Report on vaccination in Madras 1877-1894 - 1877-1894
Year: 1877
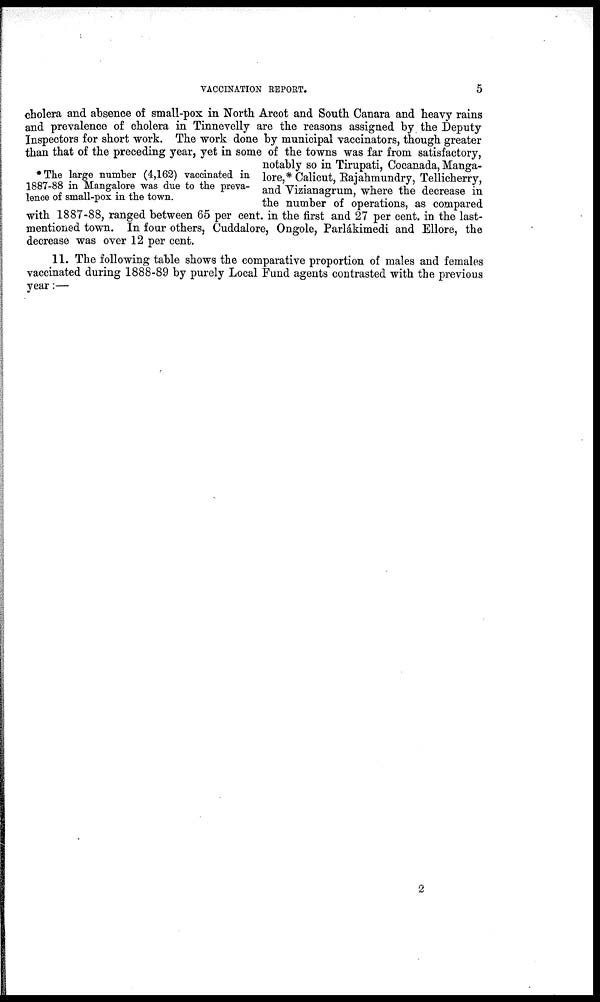
VACCINATION REPORT.
5
*The large number (4,162) vaccinated in
1887-88 in Mangalore was due to the preva-
lence of small-pox in the town.
cholera and absence of small-pox in North Arcot and South Canara and heavy rains
and prevalence of cholera in Tinnevelly are the reasons assigned by the Deputy
Inspectors for short work. The work done by municipal vaccinators, though greater
than that of the preceding year, yet in some of the towns was far from satisfactory,
notably so in Tirupati, Cocanada, Manga-
lore,* Calicut, Rajahmundry, Tellicherry,
and Vizianagrum, where the decrease in
the number of operations, as compared
with 1887-88, ranged between 65 per cent. in the first and 27 per cent. in the last-
mentioned town. In four others, Cuddalore, Ongole, Parlákimedi and Ellore, the
decrease was over 12 per cent.
11. The following table shows the comparative proportion of males and females
vaccinated during 1888-89 by purely Local Fund agents contrasted with the previous
year:—
2